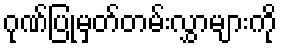
ဂုဏ်ပြုမှတ်တမ်းလွှာများကို